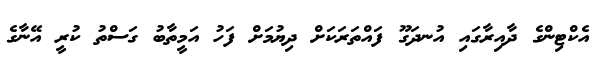
އެކްޓިންގެ ދާއިރާގައި އުނދަގޫ ފައްތަރަކަށް ދިޔުމަށް ފަހު އަމީތާބު ގަސްތު ކުރީ އޭނާގެ